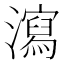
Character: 瀉